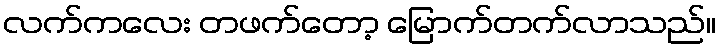
လက်ကလေး တဖက်တော့ မြောက်တက်လာသည်။